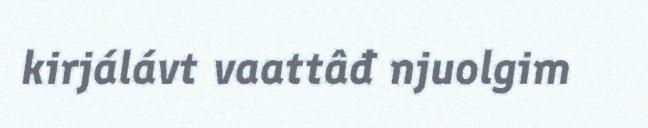
kirjálávt vaattâđ njuolgim